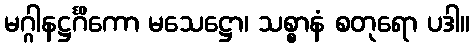
မဂ္ဂါနဋ္ဌင်္ဂိကော မသေဋ္ဌော၊ သစ္စာနံ စတုရော ပဒါ။